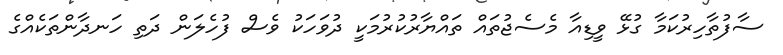
ސާފުތާހިރުކަމާ ގުޅޭ ވީޑިއާ މެސެޖުތައް ތައްޔާރުކުރުމަކީ ދުވަހަކު ވެސް ފުހެލަން ދަތި ހަނދާންތަކެއްގެ